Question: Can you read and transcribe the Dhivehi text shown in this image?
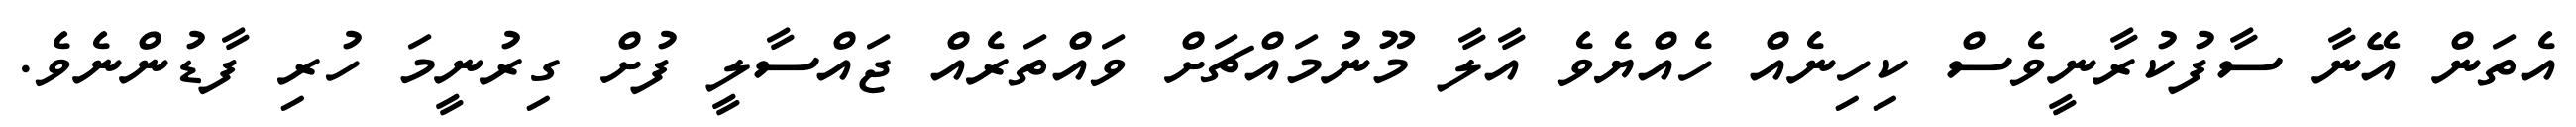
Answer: އެތަން އޭނާ ސާފުކުރާނީވެސް ކިހިނެއް ހެއްޔެވެ އާލާ މޫނުމައްޗަށް ވައްތަރެއް ޖައްސާލީ ފުށް ގިރުނީމަ ހުރި ފާޑުންނެވެ.